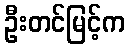
ဦးတင်မြင့်က